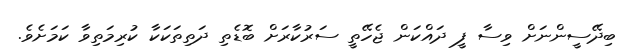
ބިދޭސީންނަށް ވިސާ ފީ ދައްކަން ޖެހޭތީ ސަރުކާރަށް ބޮޑެތި ދަތިތަކަކާ ކުރިމަތިވާ ކަމަށެވެ.